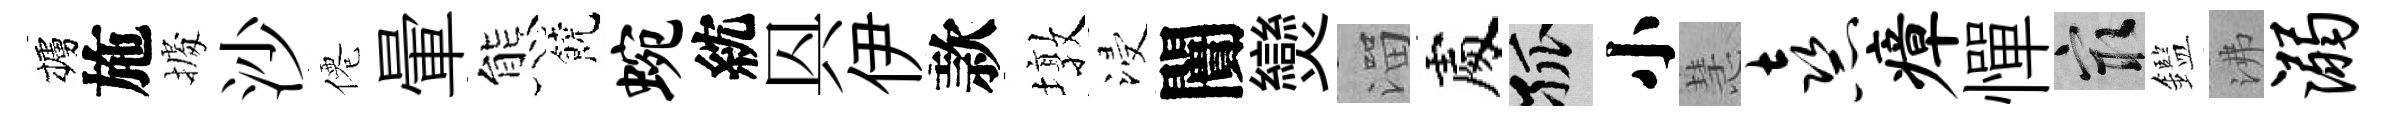
櫨施𢴃沙僊暈態饒蜿紞㒷伊款墩浸闠𤓖溜處孤小慧熹瘴憚冣鑑沸溺